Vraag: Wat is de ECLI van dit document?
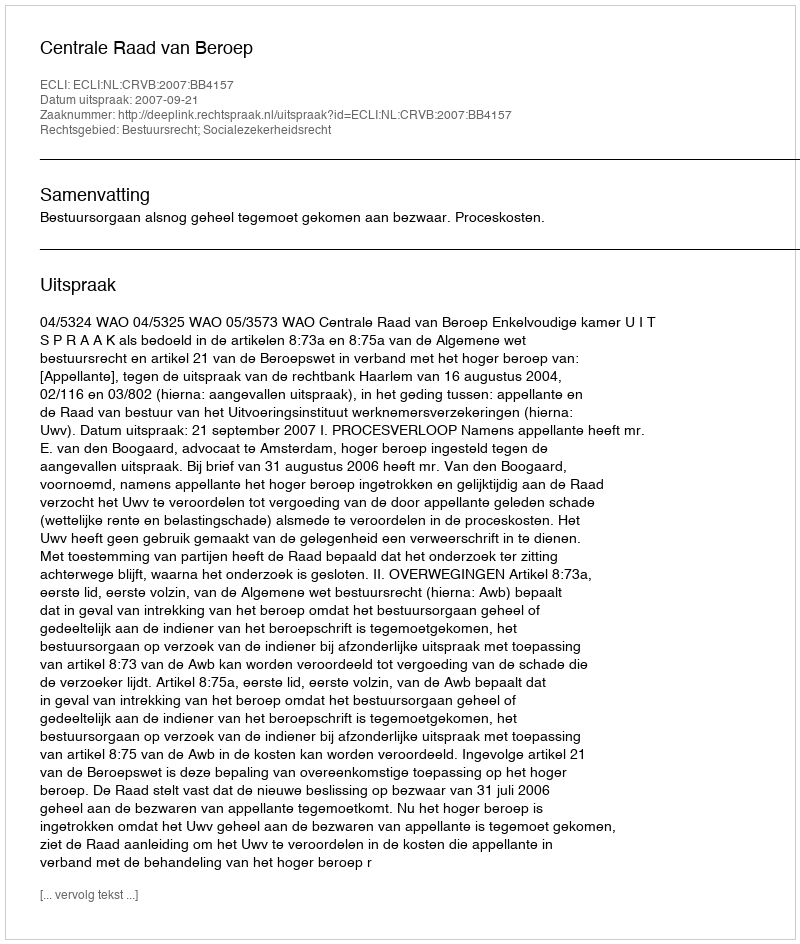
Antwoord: ECLI:NL:CRVB:2007:BB4157